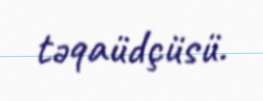
təqaüdçüsü.